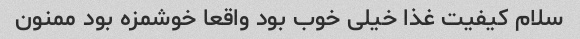
سلام کیفیت غذا خیلی خوب بود واقعا خوشمزه بود ممنون